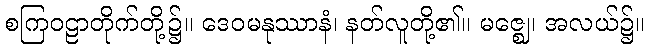
စကြဝဠာတိုက်တို့၌။ ဒေဝမနုဿာနံ၊ နတ်လူတို့၏။ မဇ္ဈေ၊ အလယ်၌။